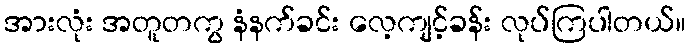
အားလုံး အတူတကွ နံနက်ခင်း လေ့ကျင့်ခန်း လုပ်ကြပါတယ်။